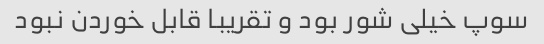
سوپ خیلی شور بود و تقریبا قابل خوردن نبود